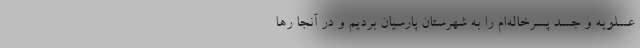
عسلویه و جسد پسرخاله‌ام را به شهرستان پارسیان بردیم و در آنجا رها